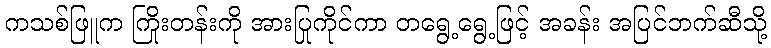
ကသစ်ဖြူက ကြိုးတန်းကို အားပြုကိုင်ကာ တရွေ့ရွေ့ဖြင့် အခန်း အပြင်ဘက်ဆီသို့